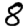
Digit: 8